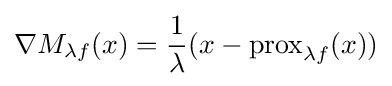
\nabla M_{\lambda f}(x)={\frac {1}{\lambda }}(x-\mathrm {prox} _{\lambda f}(x))